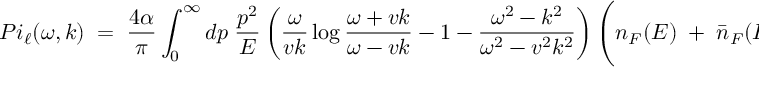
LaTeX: { P i _ { \ell } ( \omega , k ) \; = \; { \frac { 4 \alpha } { \pi } } \int _ { 0 } ^ { \infty } d p \; { \frac { p ^ { 2 } } { E } } \left( { \frac { \omega } { v k } } \log { \frac { \omega + v k } { \omega - v k } } - 1 - { \frac { \omega ^ { 2 } - k ^ { 2 } } { \omega ^ { 2 } - v ^ { 2 } k ^ { 2 } } } \right) \Bigg ( n _ { F } ( E ) \; + \; { \bar { n } } _ { F } ( E ) \Bigg ) \; . }